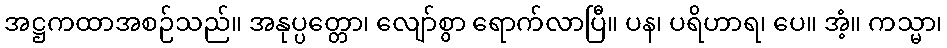
အဋ္ဌကထာအစဉ်သည်။ အနုပ္ပတ္တော၊ လျော်စွာ ရောက်လာပြီ။ ပန၊ ပရိဟာရ၊ ပေ။ အံ့။ ကသ္မာ၊